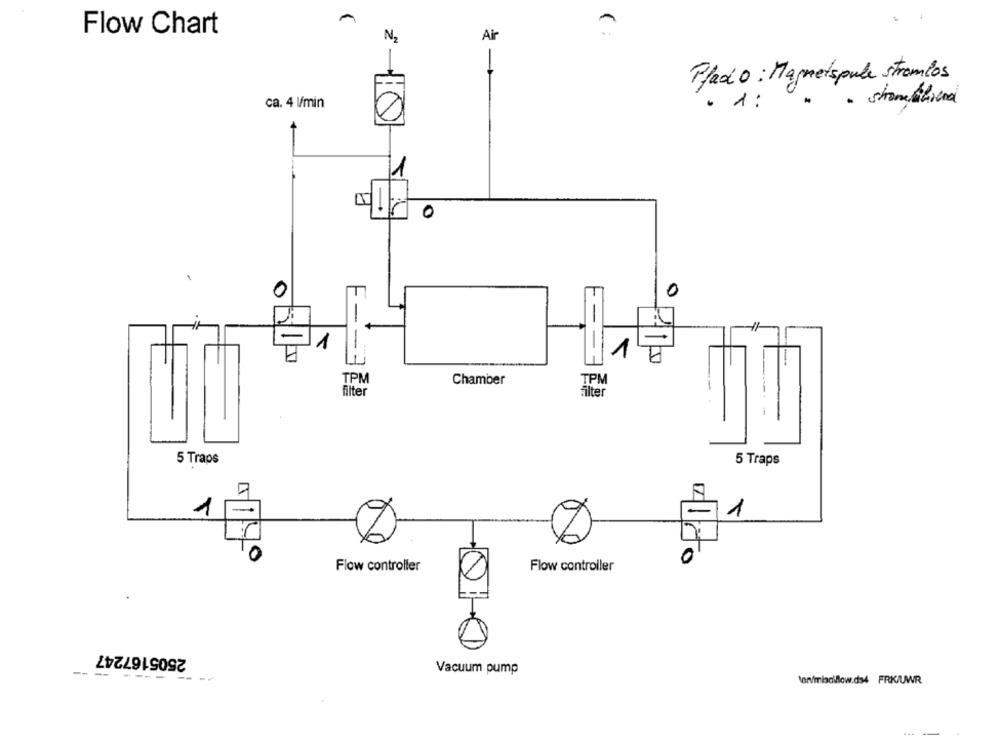
Flow Chart
Air
N2
Pfado : Magnetspule stramlos
· stromfiliera
ca. 4 l/min
· 1:
1
0
0
0
1
---
1
F ---
TPM
Chamber
filter
älter
5 Traps
5 Traps
1
1
0
40
Flow controller
Flow controller
2505167247
---
Vacuum pump
--
\en/miscillow.ds4 FRK/UWR
---